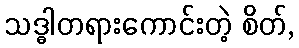
သဒ္ဓါတရားကောင်းတဲ့ စိတ်,